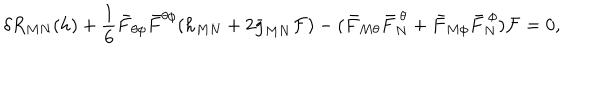
LaTeX: \delta R _ { M N } ( h ) + { \frac { 1 } { 6 } } \bar { F } _ { \theta \phi } \bar { F } ^ { \theta \phi } ( h _ { M N } + 2 \bar { g } _ { M N } { \cal F } ) - ( \bar { F } _ { M \theta } \bar { F } _ { N } ^ { ~ \theta } + \bar { F } _ { M \phi } \bar { F } _ { N } ^ { ~ \phi } ) { \cal F } = 0 ,